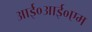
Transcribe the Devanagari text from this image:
आई०आई०एम